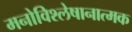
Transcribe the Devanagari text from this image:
मनोविश्लेषानात्मक